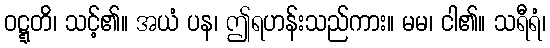
ဝဋ္ဋတိ၊ သင့်၏။ အယံ ပန၊ ဤရဟန်းသည်ကား။ မမ၊ ငါ၏။ သရီရံ၊